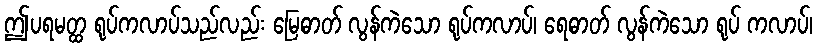
ဤပရမတ္ထ ရုပ်ကလာပ်သည်လည်း မြေဓာတ် လွန်ကဲသော ရုပ်ကလာပ်၊ ရေဓာတ် လွန်ကဲသော ရုပ် ကလာပ်၊